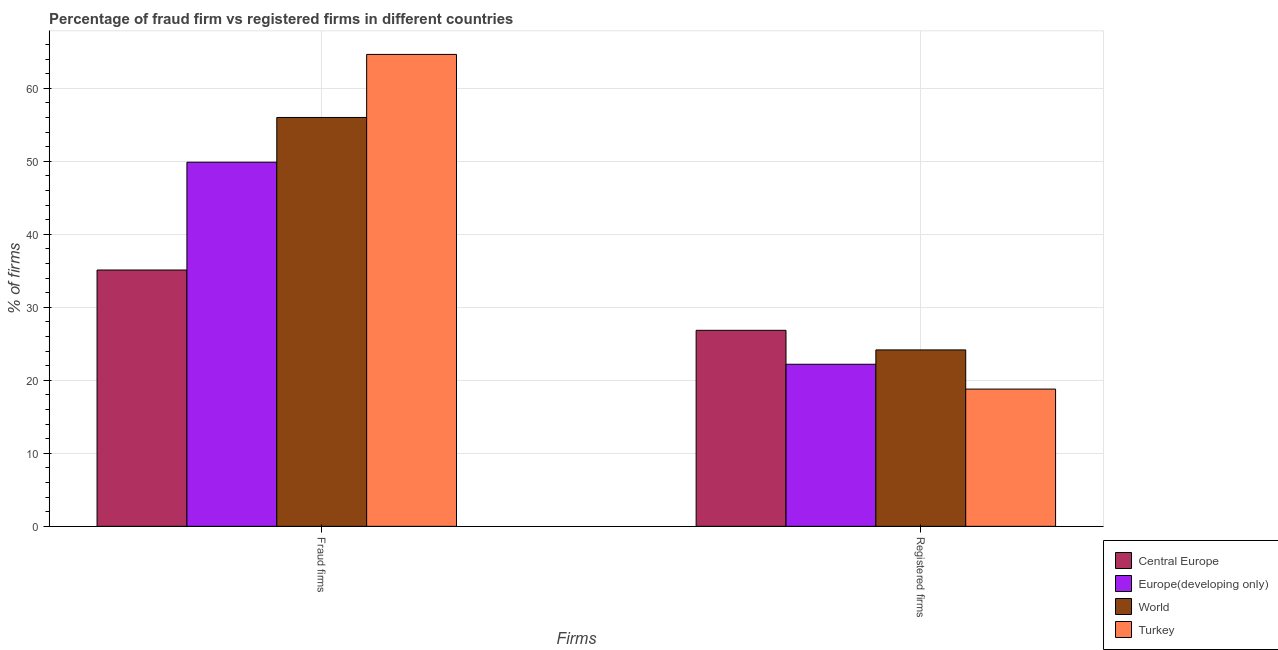
| Firms | Central Europe | Europe(developing only) | World | Turkey |
 | --- | --- | --- | --- | --- |
 | Fraud firms | 35.1 | 49.9 | 56 | 64.6 |
 | Registered firms | 26.9 | 22.2 | 24.2 | 18.8 |